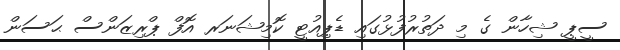
ސީޕީ ޝިހާން ގެ މި ދަތުރުފުޅުގައި ޑެޕިއުޓީ ކޮމިޝަނަރ އޮފް ޕްރިޒަންސް ޙަސަން